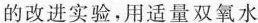
的改进实验，用适量双氧水